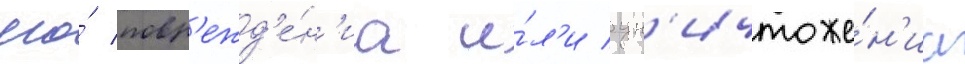
его́ повр'ежд'е́н'иа и́л'и ун'ичтоже́н'иа